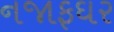
નજાફઘર